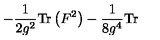
- \frac { 1 } { 2 g ^ { 2 } } \mathrm { T r } \left( F ^ { 2 } \right) - \frac { 1 } { 8 g ^ { 4 } } \mathrm { T r }